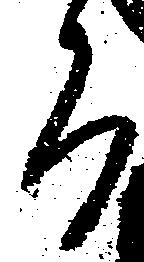
而